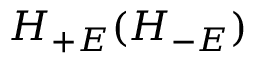
H _ { + E } ( H _ { - E } )